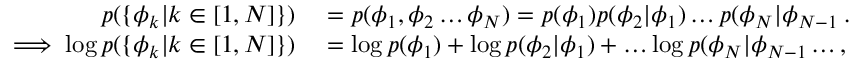
\begin{array} { r l } { p ( \{ \phi _ { k } | k \in [ 1 , N ] \} ) } & { { } = p ( \phi _ { 1 } , \phi _ { 2 } \dots \phi _ { N } ) = p ( \phi _ { 1 } ) p ( \phi _ { 2 } | \phi _ { 1 } ) \dots p ( \phi _ { N } | \phi _ { N - 1 } \dots , \phi _ { 1 } ) } \\ { \implies \log p ( \{ \phi _ { k } | k \in [ 1 , N ] \} ) } & { { } = \log p ( \phi _ { 1 } ) + \log p ( \phi _ { 2 } | \phi _ { 1 } ) + \dots \log p ( \phi _ { N } | \phi _ { N - 1 } \dots , \phi _ { 1 } ) } \end{array}